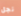
نجل